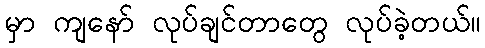
မှာ ကျနော် လုပ်ချင်တာတွေ လုပ်ခဲ့တယ်။